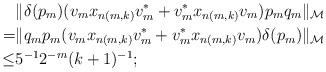
LaTeX: \begin{align*}&\|\delta(p_m)(v_mx_{n(m,k)}v_m^*+v_m^*x_{n(m,k)}v_m)p_mq_{m}\|_{\mathcal M} \\=&\|q_{m}p_m(v_mx_{n(m,k)}v_m^*+v_m^*x_{n(m,k)}v_m)\delta(p_m)\|_{\mathcal M} \\\leq&5^{-1}2^{-m}(k+1)^{-1}; \end{align*}